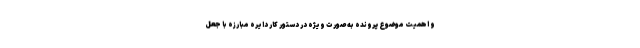
و اهمیت موضوع پرونده به صورت ویژه در دستور کار دایره مبارزه با جعل